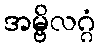
အမ္ဗိလဂ္ဂံ